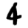
Digit: 4